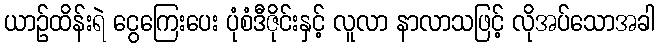
ယာဉ်ထိန်းရဲ ငွေကြေးပေး ပုံစံဒီဇိုင်းနှင့် လူလာ နာလာသဖြင့် လိုအပ်သောအခါ